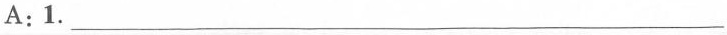
A:1.\underline